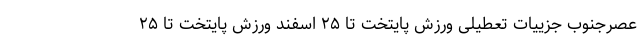
عصرجنوب جزییات تعطیلی‌ ورزش پایتخت تا ۲۵ اسفند ورزش پایتخت تا ۲۵